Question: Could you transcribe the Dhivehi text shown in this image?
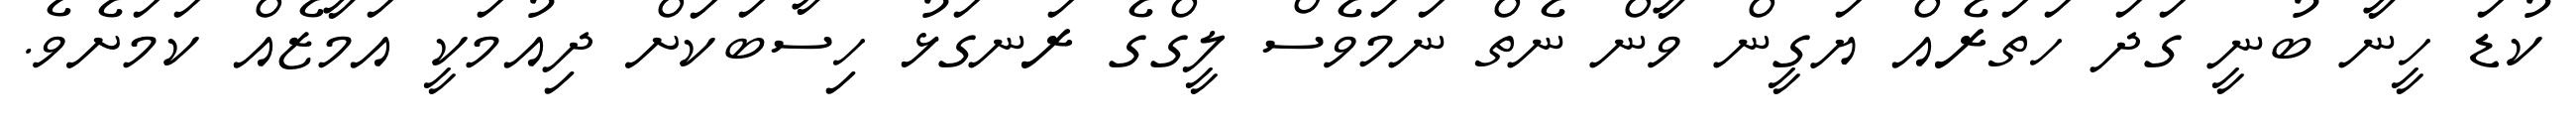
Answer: ކުޑަ ހީނާ ބުނީ ގަދަ ހަތަރެއް ޔަގީން ވާން ނެތް ނަމަވެސް ލީގްގެ ރަނގަޅު ހިސާބަކަށް ދިއުމަކީ އަމާޒެއް ކަމަށެވެ.